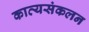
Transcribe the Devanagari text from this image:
काव्यसंकलन